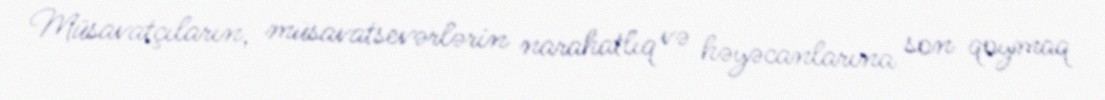
Müsavatçıların, müsavatsevərlərin narahatlıq və həyəcanlarına son qoymaq